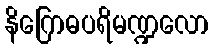
နိဂြောဓပရိမဏ္ဍလော